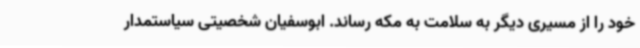
خود را از مسیری دیگر به سلامت به مکه رساند. ابوسفیان شخصیتی سیاستمدار